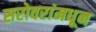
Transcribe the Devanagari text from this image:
सरोवरांमधून